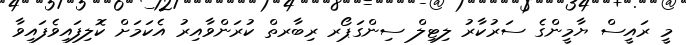
މީ ރައީސް ޔާމީންގެ ސަރުކާރު ލިޓިލް ސިންގަޕޯރ ރިބާރތް ކުރަންވާއިރު އެކަމަށް ކޮލިފައިވެފައިވާ